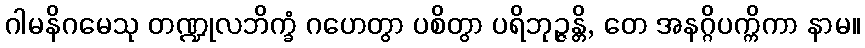
ဂါမနိဂမေသု တဏ္ဍုလဘိက္ခံ ဂဟေတွာ ပစိတွာ ပရိဘုဉ္ဇန္တိ, တေ အနဂ္ဂိပက္ကိကာ နာမ။